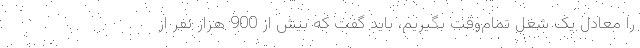
را معادل یک شغل تمام‌وقت بگیریم، باید گفت که بیش از 900 هزار نفر از